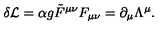
\delta { \cal L } = \alpha g { \tilde { F } } ^ { \mu \nu } F _ { \mu \nu } = \partial _ { \mu } \Lambda ^ { \mu } .